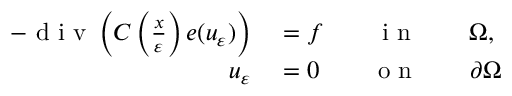
\begin{array} { r l } { - \mathrm { ~ d ~ i ~ v ~ } \left( C \left( \frac { x } { \varepsilon } \right) e ( u _ { \varepsilon } ) \right) } & { { } = f \qquad \mathrm { ~ i ~ n ~ } \qquad \Omega , } \\ { u _ { \varepsilon } } & { { } = 0 \qquad \mathrm { ~ o ~ n ~ } \qquad \partial \Omega } \end{array}